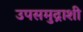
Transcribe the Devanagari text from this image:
उपसमुद्राशी